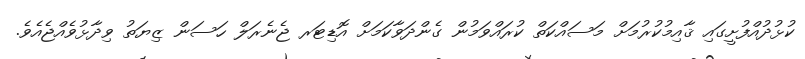
ކުޅުދުއްފުށީގައި ޤާއިމުކުރުމަށް މަސައްކަތް ކުރައްވަމުން ގެންދަވާކަމަށް އޮޑިޓަރ ޖެނެރަލް ހަސަން ޒިޔަތު ވިދާޅުވެއްޖެއެވެ.